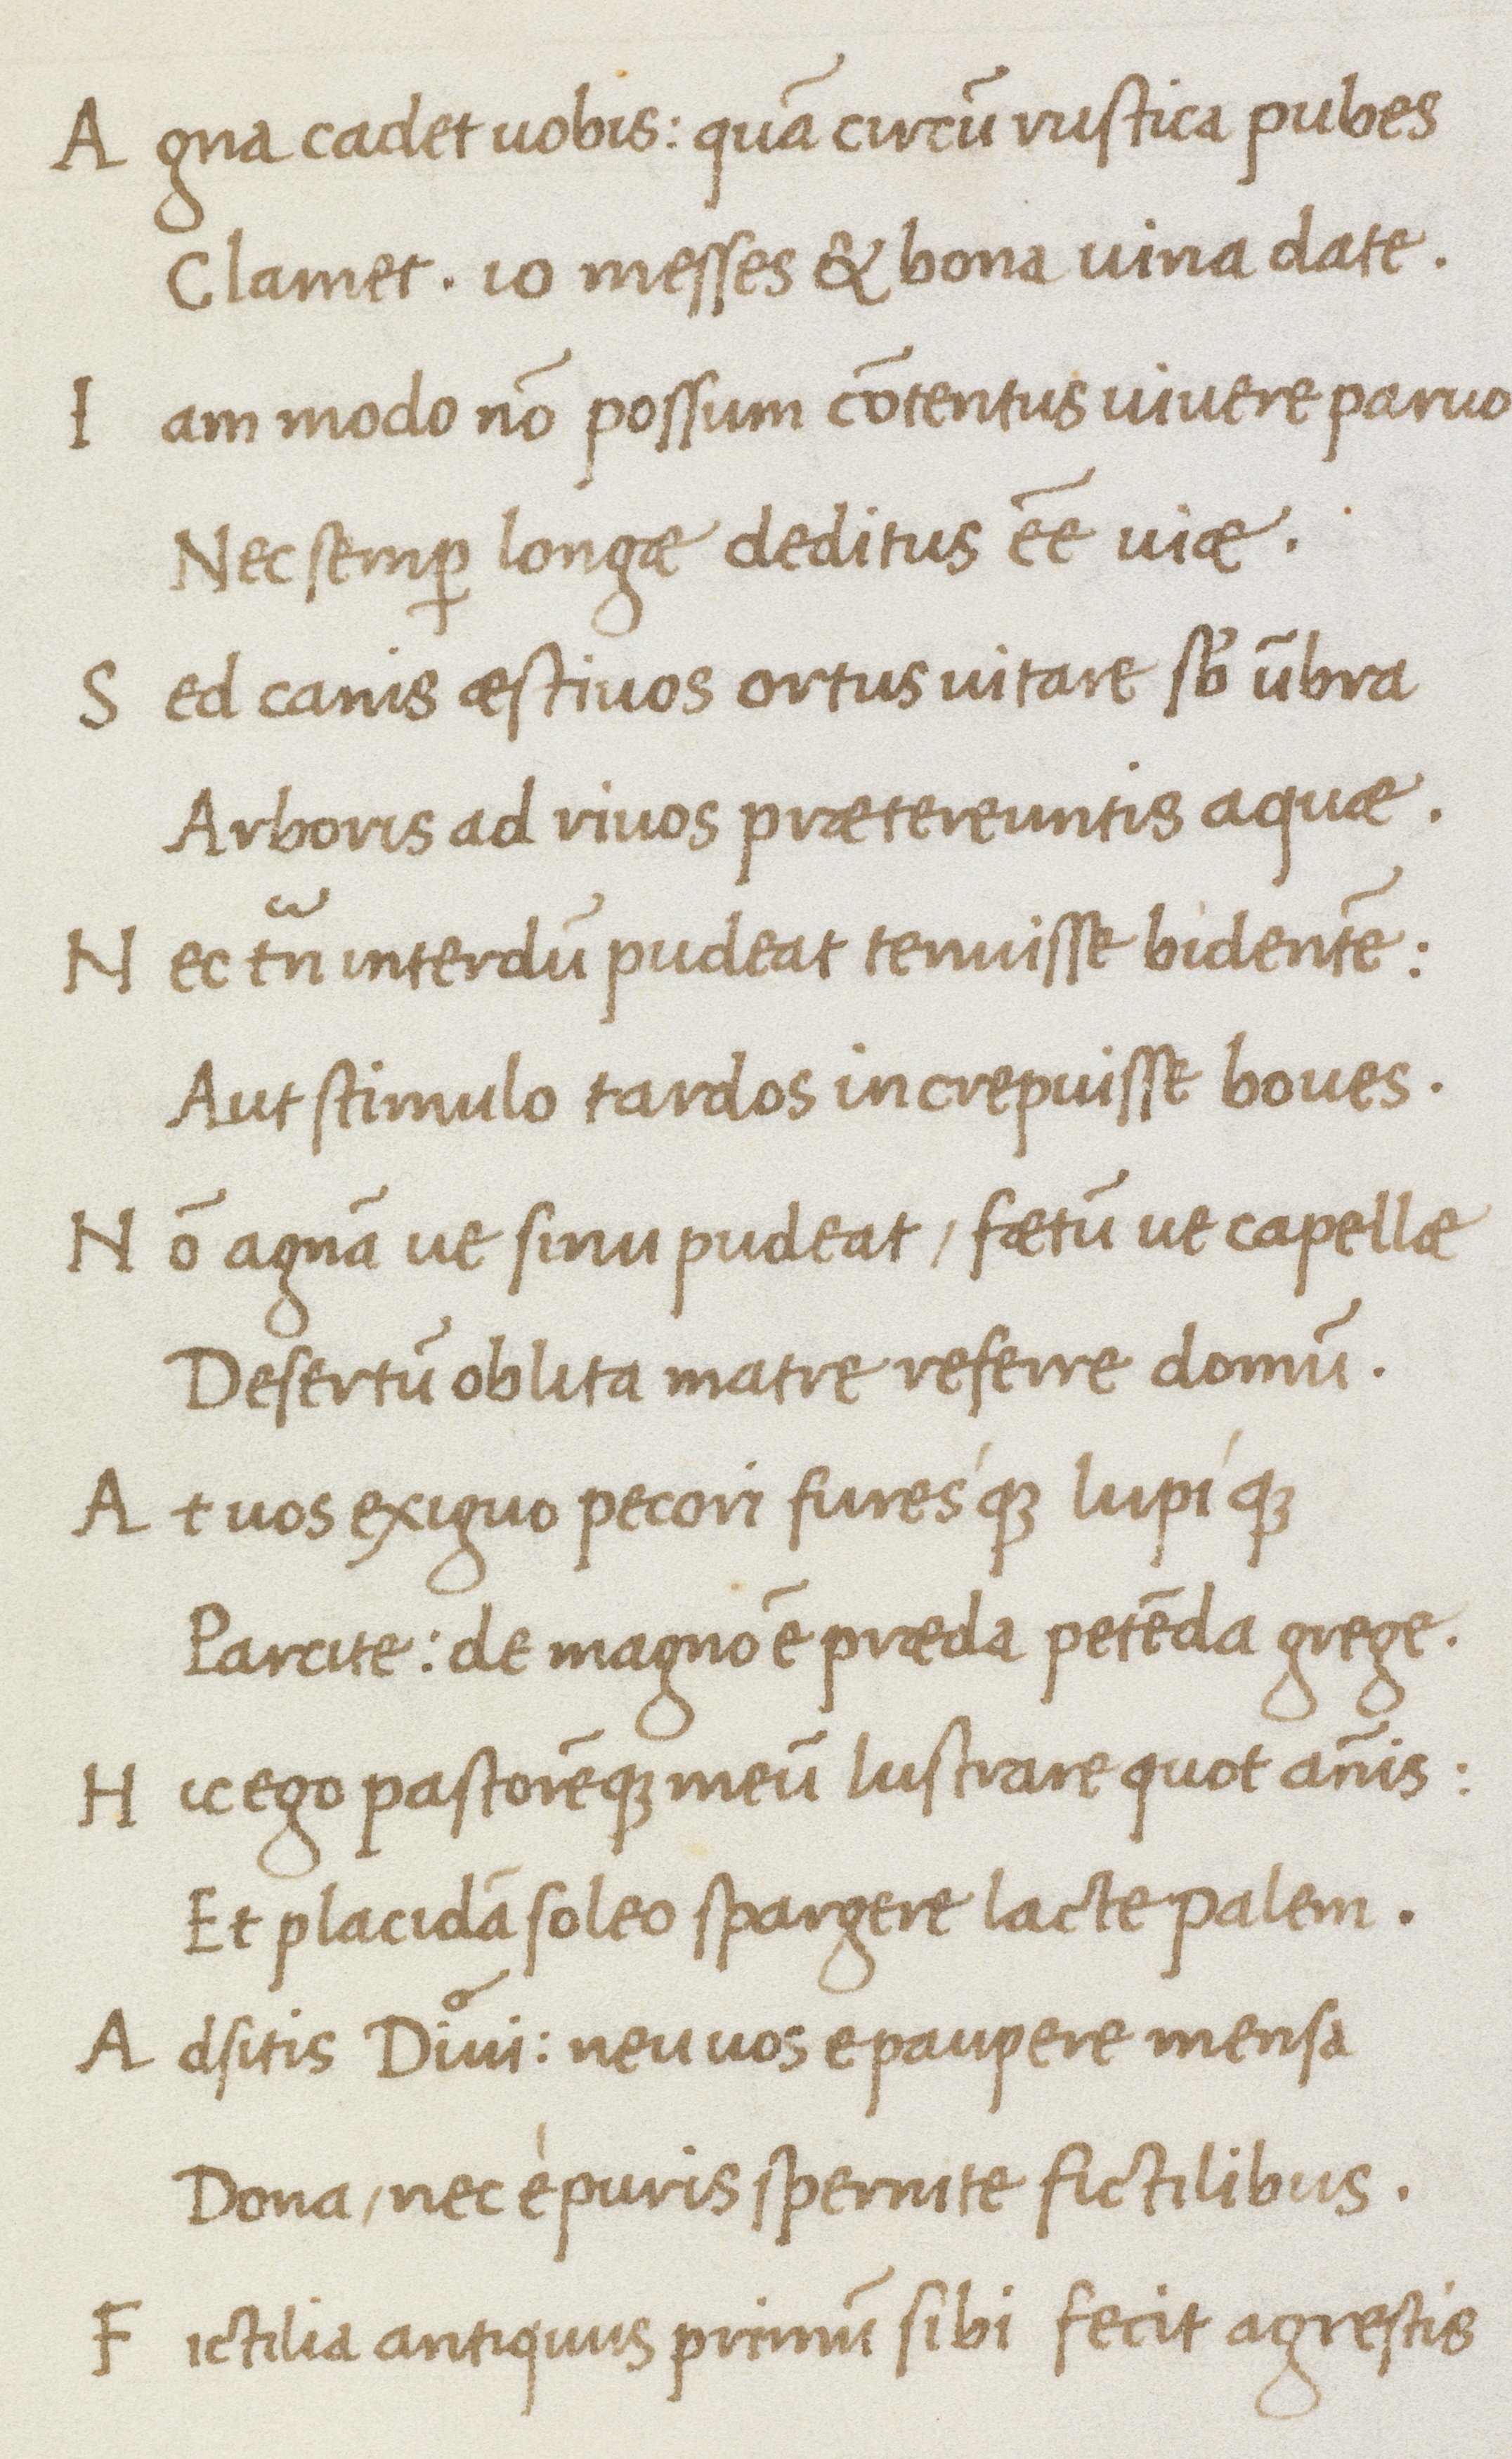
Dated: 1475–1495